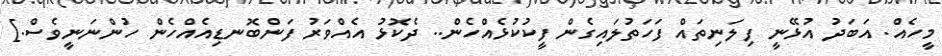
މީހެއް. އަބަދު އުޅޭނީ ފިލަނިތައް ފަހަތުލައިގެން ފީކުކުޅެއްހެން.. ދެކޮޅު އެއްވަރު ފަންބޮނޑިއެއްހެން ހުންނަނީވެސް.]